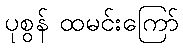
ပုစွန် ထမင်းကြော်